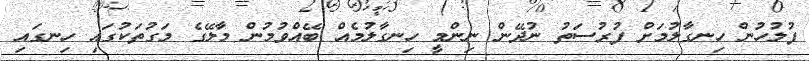
ފުލުހުން ހިނގާލުމަށް ފުރުސަތު ނުދޭން ނިންމީ ހިނގާލުމެއް ބޭއްވުމުން މާލޭގެ މަގުތަކުގައި ހިނގައި